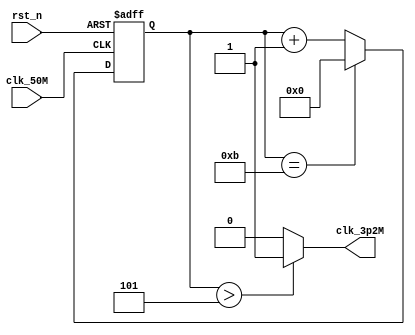
// Description : frequency division
// Change date : 2022/06/20
// Change log  : None
module CLK_12P(
	clk_50M,
	rst_n,

	clk_3p2M
);

input  clk_50M;
input  rst_n;
output clk_3p2M;

reg [3:0] cnt_12;
// system clock(3.2M*12Hz)-->3.2MHz
always @(posedge clk_50M or negedge rst_n) begin
	if(!rst_n) begin
		cnt_12 <= 0;
	end else if(cnt_12==11) begin
		cnt_12 <= 0;
	end else begin
		cnt_12 <= cnt_12 + 1'b1;
	end
end

assign clk_3p2M = cnt_12>5 ? 1 : 0;

endmodule